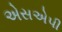
એસએપી